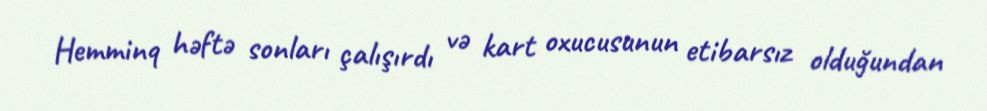
Hemminq həftə sonları çalışırdı və kart oxucusunun etibarsız olduğundan